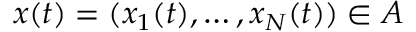
x ( t ) = ( x _ { 1 } ( t ) , \ldots , x _ { N } ( t ) ) \in A